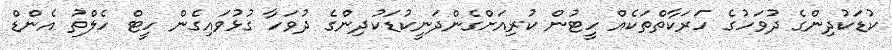
ކުޑަކުދިންގެ ދުވަހުގެ ހަރަކާތްތަކެއް ހީޓުން ކުރިއަށްގެންދަނީކުޑަކުދިންގެ ދުވަހާ ގުޅުވައިގެން ހީޓް ހެލްތު އެންޑް